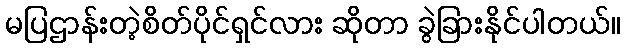
မပြဌာန်းတဲ့စိတ်ပိုင်ရှင်လား ဆိုတာ ခွဲခြားနိုင်ပါတယ်။